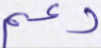
دعم